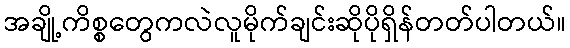
အချို့ကိစ္စတွေကလဲလူမိုက်ချင်းဆိုပိုရှိန်တတ်ပါတယ်။